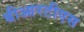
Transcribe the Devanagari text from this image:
बीआरटीएस